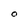
Character: O